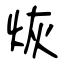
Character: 烣